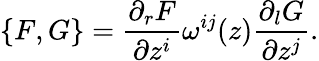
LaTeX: \{ F,G\} ={\frac{\partial_{r}F}{\partial z^{i}}}\omega^{ij}(z){\frac{\partial_{l}G}{\partial z^{j}}}.